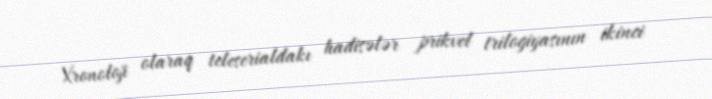
Xronoloji olaraq teleserialdakı hadisələr prikvel trilogiyasının ikinci